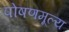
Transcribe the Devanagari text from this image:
पोषणमूल्य